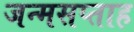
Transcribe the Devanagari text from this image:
जन्मसप्ताह